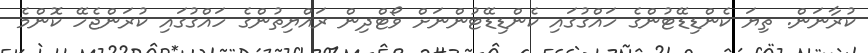
ކުރާނަން. ތިޔަ ކެންޑިޑޭޓުންގެ ހައްގުގައި ކެންޑިޑޭޓުންނަށް ވޯޓްދިން ރައްޔިތުންގެ ހައްގުގައި ކުރަންޖެހޭ ކޮންމެ